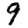
Digit: 9